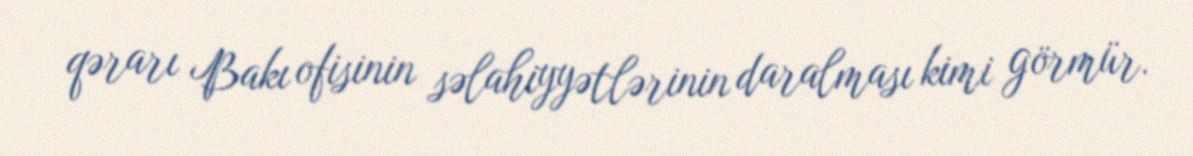
qərarı Bakı ofisinin səlahiyyətlərinin daralması kimi görmür.